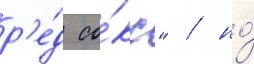
р'е́д со́кс" / но́